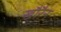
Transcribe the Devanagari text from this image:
खौरैन